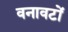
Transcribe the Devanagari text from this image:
वनावटों